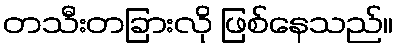
တသီးတခြားလို ဖြစ်နေသည်။